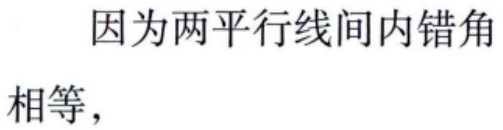
因为两平行线间内错角相等，